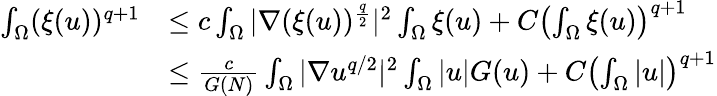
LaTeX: \begin{array}{rl}{\int_{\Omega}(\xi(u))^{q+1}}&{\leq c\int_{\Omega}|\nabla(\xi(u))^{\frac{q}{2}}|^{2}\int_{\Omega}\xi(u)+C\left(\int_{\Omega}\xi(u)\right)^{q+1}}\\ &{\leq\frac{c}{G(N)}\int_{\Omega}|\nabla u^{q/2}|^{2}\int_{\Omega}|u|G(u)+C\left(\int_{\Omega}|u|\right)^{q+1}}\end{array}